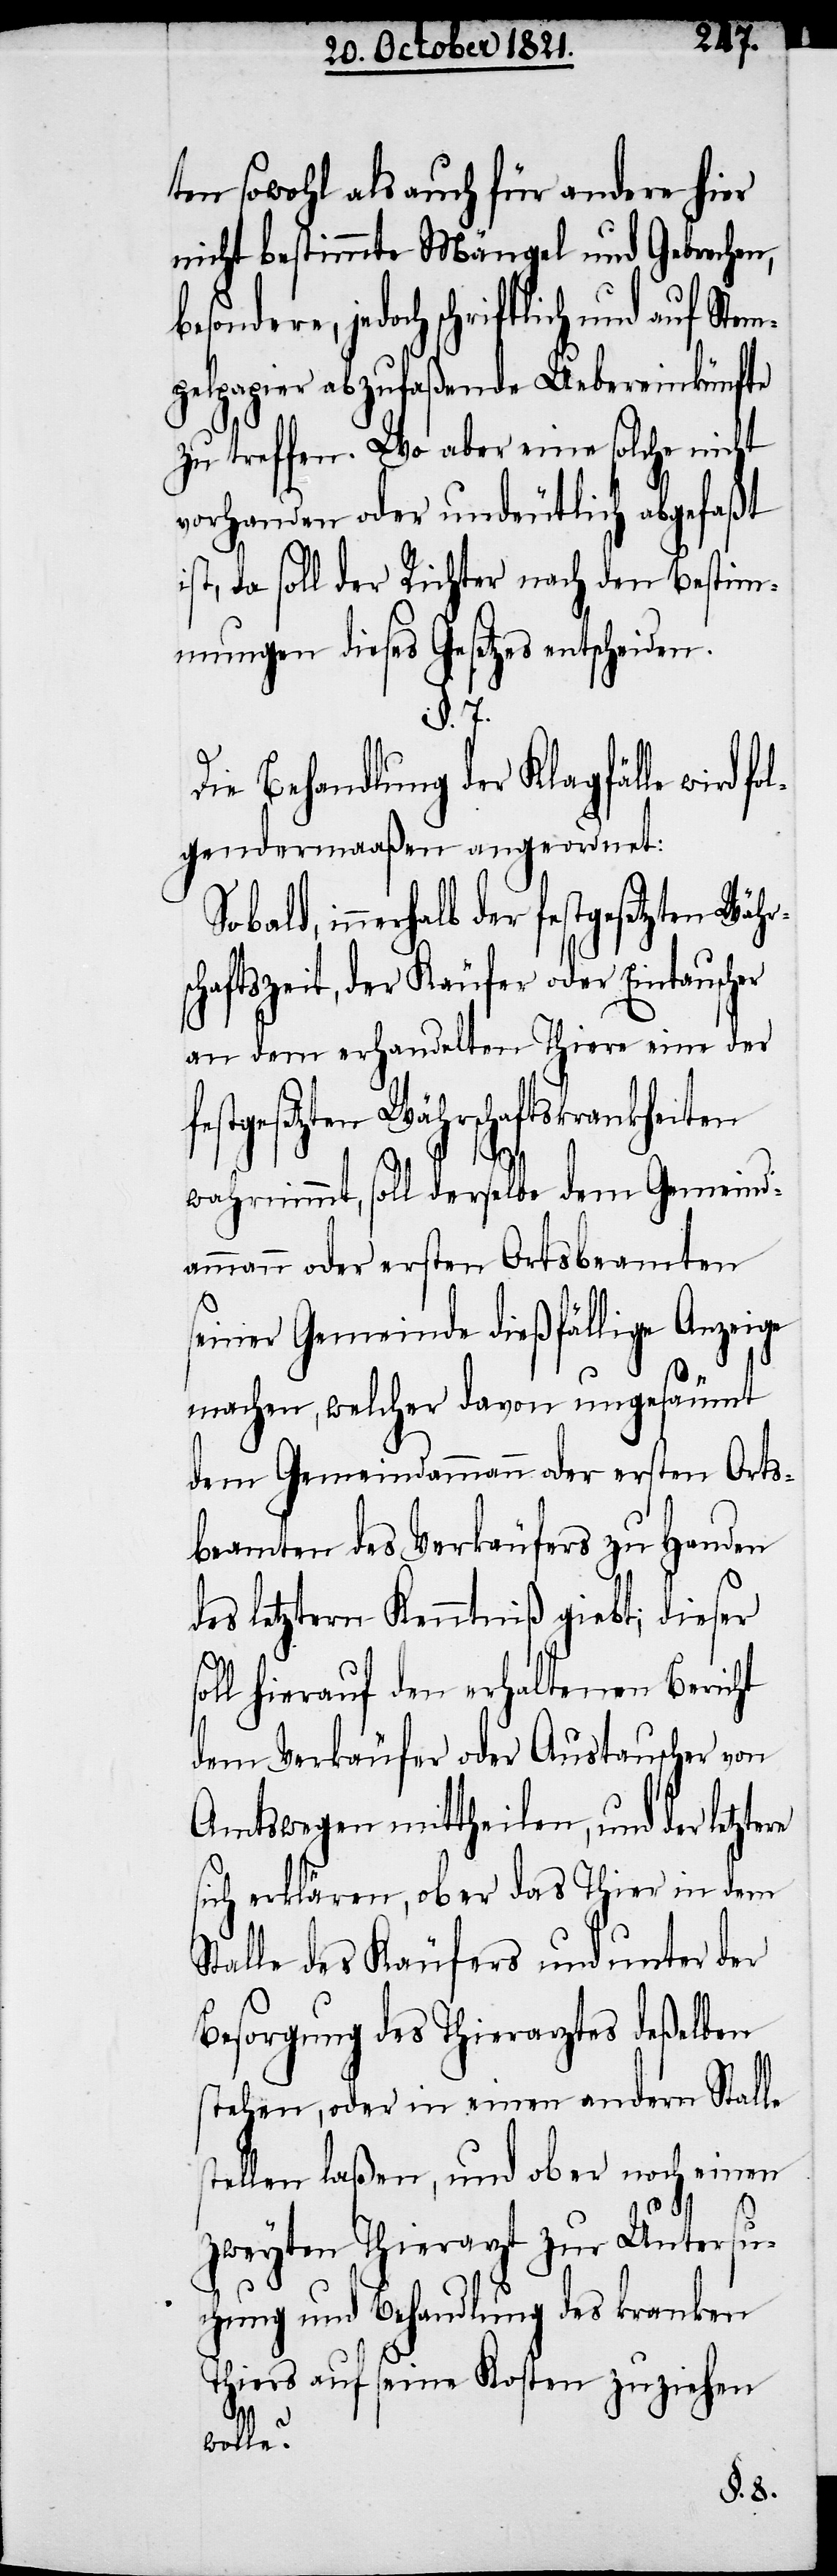
ten sowohl als auch für andere hier
nicht bestimmte Mängel und Gebrechen,
pelpapier abzufaßende Uebereinkünfte
zu treffen. Wo aber eine solche nicht
vorhanden oder undeutlich abgefaßt
ist, da soll der Richter nach den Bestim¬
mungen dieses Gesetzes entscheiden.
§. 7.
Die Behandlung der Klagfälle wird
gendermaaßen angeordnet:
chaftszeit, der Käufer oder Eintauscher
an dem erhandelten Thiere eine der
Währschaftskrankheiten
wahrnimmt, soll derselbe dem Gemeind¬
ammann oder ersten Ortsbeamten
seiner Gemeinde dießfällige Anzeige
machen, welcher davon ungesäumt
dem Gemeindammann oder ersten Orts¬
beamten des Verkäufers zu Handen
des letztern Kenntniß giebt; dieser
oll hierauf den erhaltenen Bericht
dem Verkäufer oder Austauscher von
Amtswegen mittheilen, und der letzte¬
sich erklären, ob er das Thier in dem
Stalle des Käufers und unter der
Besorgung des Thierarztes deßelben
stehen, oder in einem andern Stall¬
tellen laßen, und ob er noch einen
zweyten Thierarzt zur Untersu¬
chung und Behandlung des kranken
Thiers auf seine Kosten zuziehen
e s¬
wolle?